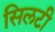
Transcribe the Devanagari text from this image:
सिलटी